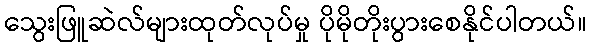
သွေးဖြူဆဲလ်များထုတ်လုပ်မှု ပိုမိုတိုးပွားစေနိုင်ပါတယ်။